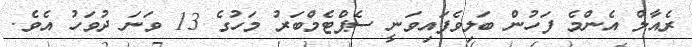
ރެއާލް އެންމެ ފަހުން ބަލިވެފައިވަނީ ސެޕްޓެމްބަރު މަހުގެ 13 ވަނަ ދުވަހު އެވެ.